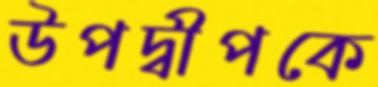
উপদ্বীপকে